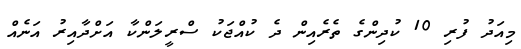
މިއަދު ފުރި 10 ކުދިންގެ ތެރެއިން ދެ ކުއްޖަކު ސްރީލަންކާ އަށްދާއިރު އަނެއް